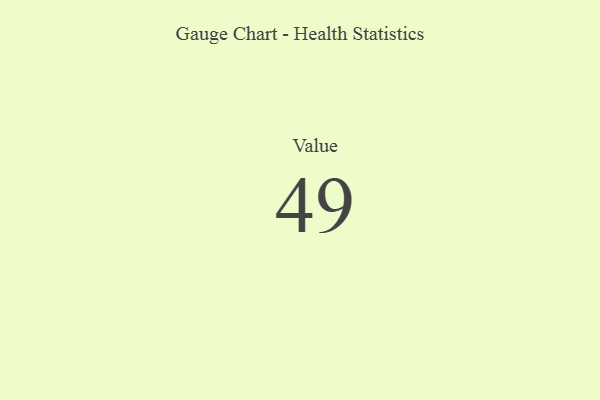
{"axis": {"x": "Metric", "y": "Value"}, "legend": [""], "data": [{"x": "Value", "y": 49, "type": ""}]}